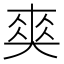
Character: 𠁊